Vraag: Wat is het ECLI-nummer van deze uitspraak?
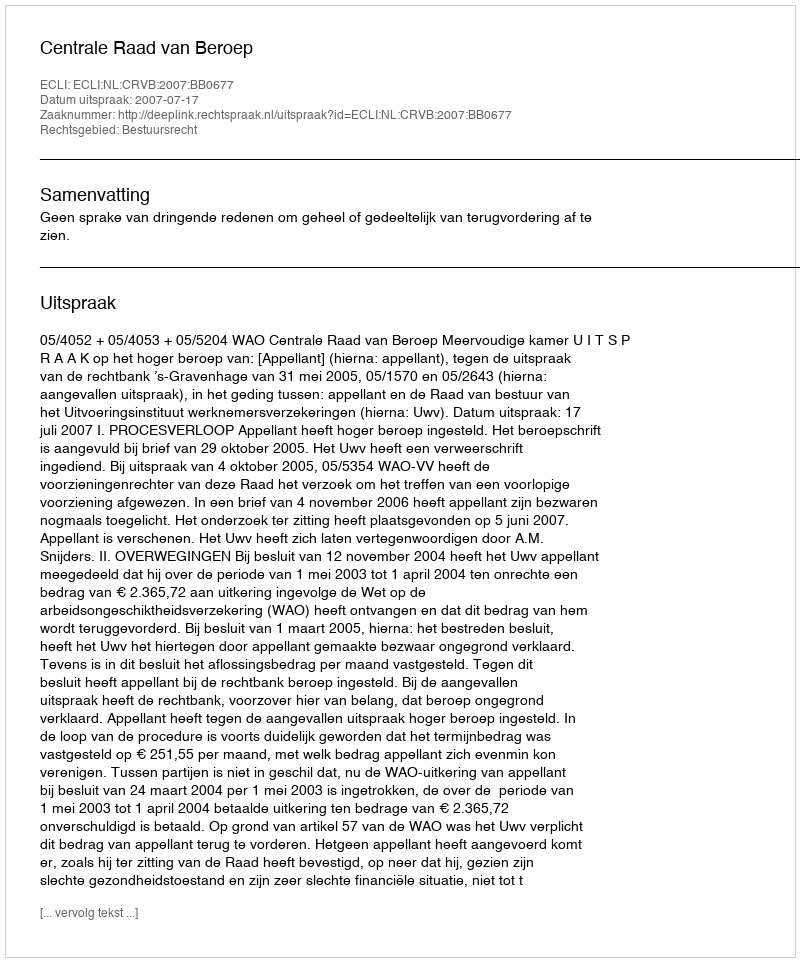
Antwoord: ECLI:NL:CRVB:2007:BB0677